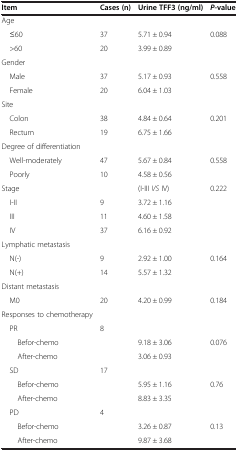
<table><thead><tr><td><b>Item</b></td><td><b>Cases (n)</b></td><td><b>Urine TFF3 (ng/ml)</b></td><td><b><i>P</i>-value</b></td></tr></thead><tbody><tr><td>Age</td><td> </td><td> </td><td> </td></tr><tr><td> ≤60</td><td>37</td><td>5.71 ± 0.94</td><td>0.088</td></tr><tr><td> &gt;60</td><td>20</td><td>3.99 ± 0.89</td><td> </td></tr><tr><td>Gender</td><td> </td><td> </td><td> </td></tr><tr><td> Male</td><td>37</td><td>5.17 ± 0.93</td><td>0.558</td></tr><tr><td> Female</td><td>20</td><td>6.04 ± 1.03</td><td> </td></tr><tr><td>Site</td><td> </td><td> </td><td> </td></tr><tr><td> Colon</td><td>38</td><td>4.84 ± 0.64</td><td>0.201</td></tr><tr><td> Rectum</td><td>19</td><td>6.75 ± 1.66</td><td> </td></tr><tr><td>Degree of differentiation</td><td> </td><td> </td><td> </td></tr><tr><td> Well-moderately</td><td>47</td><td>5.67 ± 0.84</td><td>0.558</td></tr><tr><td> Poorly</td><td>10</td><td>4.58 ± 0.56</td><td> </td></tr><tr><td>Stage</td><td> </td><td>(I-III <i>VS</i> IV)</td><td>0.222</td></tr><tr><td> I-II</td><td>9</td><td>3.72 ± 1.16</td><td> </td></tr><tr><td> III</td><td>11</td><td>4.60 ± 1.58</td><td> </td></tr><tr><td> IV</td><td>37</td><td>6.16 ± 0.92</td><td> </td></tr><tr><td>Lymphatic metastasis</td><td> </td><td> </td><td> </td></tr><tr><td> N(-)</td><td>9</td><td>2.92 ± 1.00</td><td>0.164</td></tr><tr><td> N(+)</td><td>14</td><td>5.57 ± 1.32</td><td> </td></tr><tr><td>Distant metastasis</td><td> </td><td> </td><td> </td></tr><tr><td> M0</td><td>20</td><td>4.20 ± 0.99</td><td>0.184</td></tr><tr><td>Responses to chemotherapy</td><td> </td><td> </td><td> </td></tr><tr><td> PR</td><td>8</td><td> </td><td> </td></tr><tr><td>Befor-chemo</td><td> </td><td>9.18 ± 3.06</td><td>0.076</td></tr><tr><td>After-chemo</td><td> </td><td>3.06 ± 0.93</td><td> </td></tr><tr><td> SD</td><td>17</td><td> </td><td> </td></tr><tr><td>Befor-chemo</td><td> </td><td>5.95 ± 1.16</td><td>0.76</td></tr><tr><td>After-chemo</td><td> </td><td>8.83 ± 3.35</td><td> </td></tr><tr><td> PD</td><td>4</td><td> </td><td> </td></tr><tr><td>Befor-chemo</td><td> </td><td>3.26 ± 0.87</td><td>0.13</td></tr><tr><td>After-chemo</td><td> </td><td>9.87 ± 3.68</td><td> </td></tr></tbody></table>